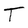
Character: T